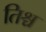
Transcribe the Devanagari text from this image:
तिश्च